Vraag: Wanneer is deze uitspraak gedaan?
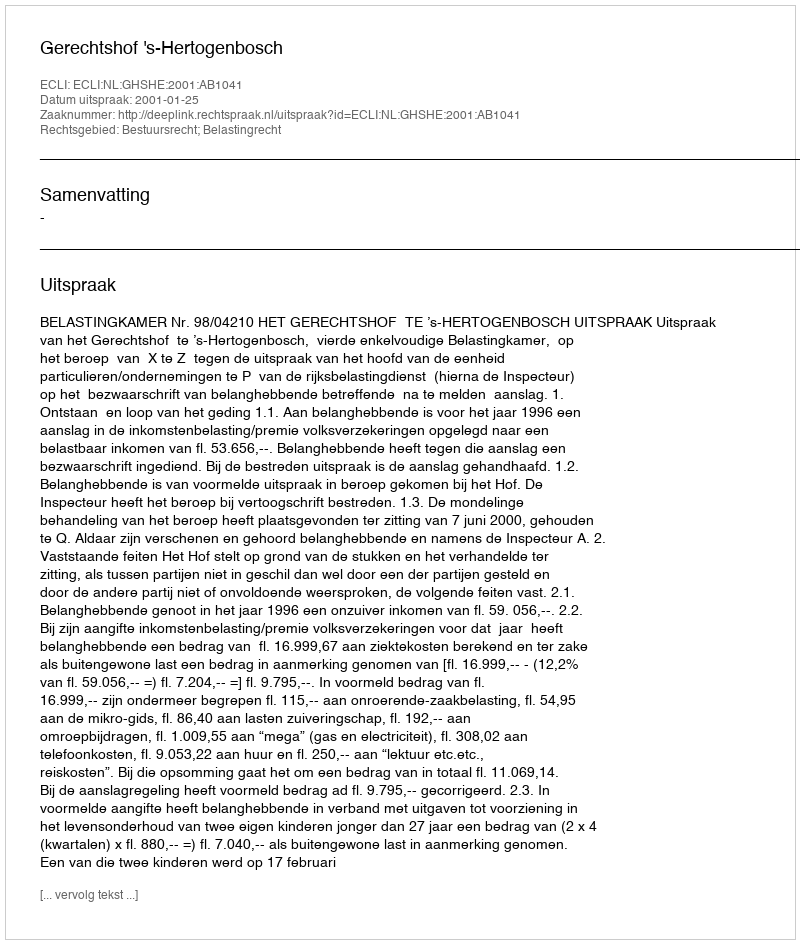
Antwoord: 2001-01-25